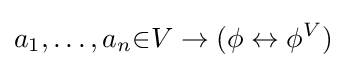
a_{1},\ldots ,a_{n}{\in }V\to (\phi \leftrightarrow \phi ^{V})